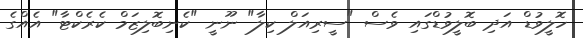
ހޮލީވުޑް އަދި ބޮލީވުޑްގައި ވެސް "ސީރިއަލް ކިލާ" ނޫނީ "ކެނިބޮލިޒަމް ކެރެކްޓާ" އެއްގެ